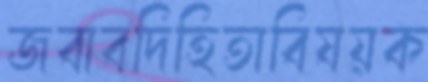
জবাবদিহিতাবিষয়ক